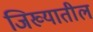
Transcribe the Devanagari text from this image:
जिख्यातील